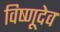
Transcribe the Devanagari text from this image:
विष्णूदेव